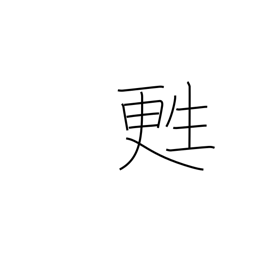
Meaning: be resuscitated